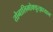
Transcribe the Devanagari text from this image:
तोनालिमोक्युत्झायान